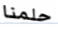
حلمنا